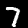
Digit: 7